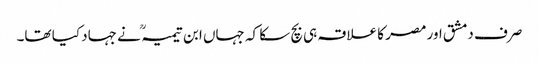
صرف دمشق اور مصر کا علاقہ ہی بچ سکا کہ جہاں ابن تیمیہ ؒ نے جہاد کیا تھا۔